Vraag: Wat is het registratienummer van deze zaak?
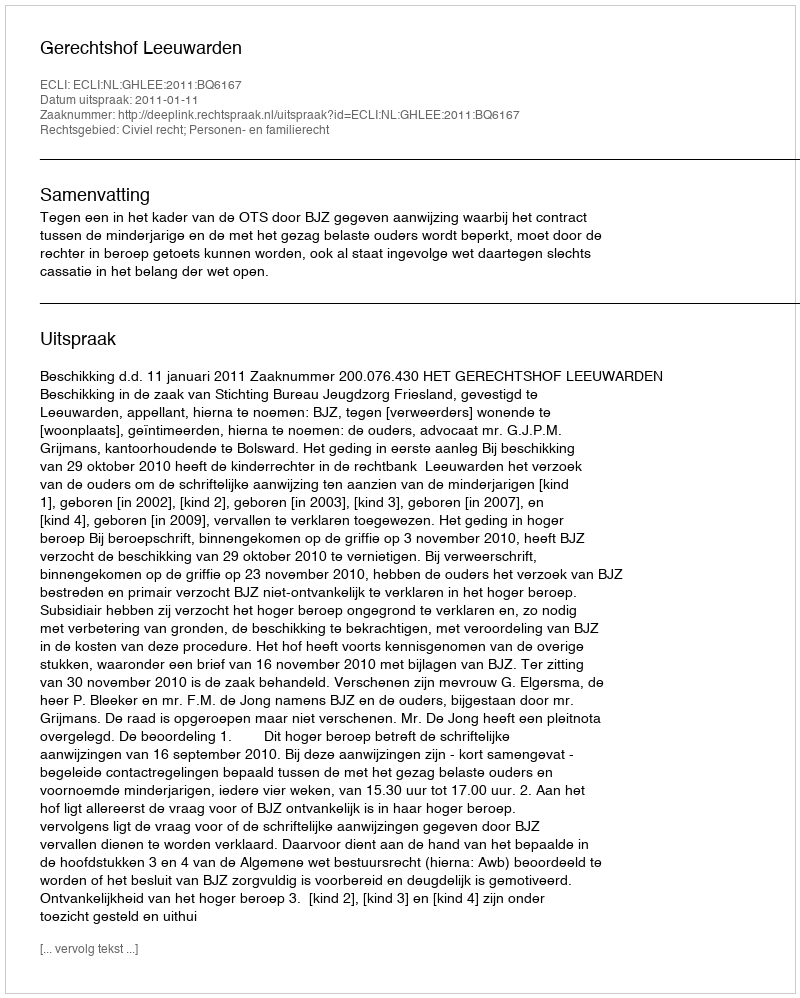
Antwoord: http://deeplink.rechtspraak.nl/uitspraak?id=ECLI:NL:GHLEE:2011:BQ6167